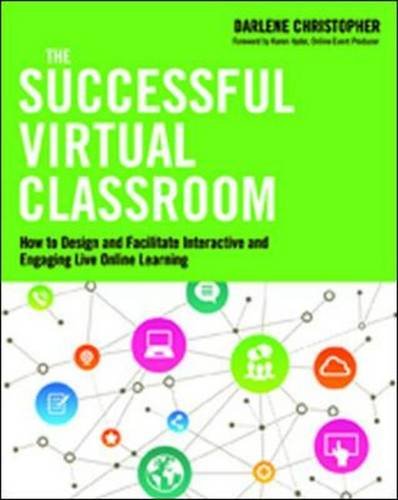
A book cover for The Successful Virtual Classroom: How to Design and Facilitate Interactive and Engaging Live Online Learning; Darlene Christopher; Education & Teaching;